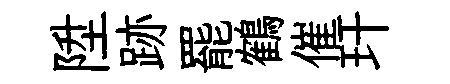
陞跡罷鶴催玕